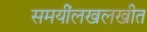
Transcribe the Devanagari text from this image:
समयींलखलखीत